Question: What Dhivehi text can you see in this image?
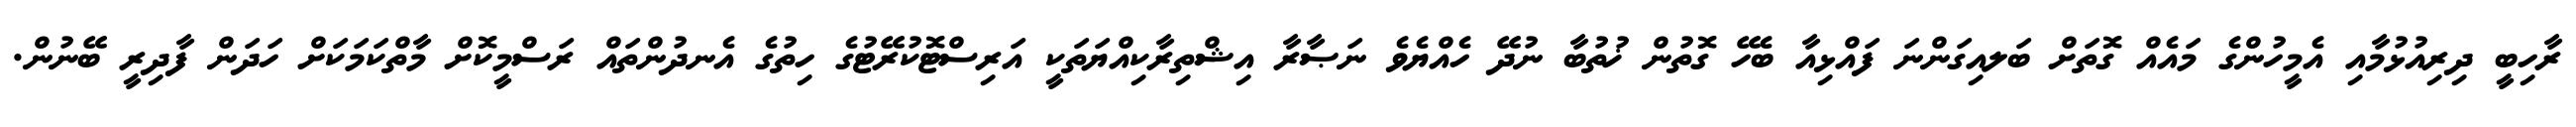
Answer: ރާހިބީ ދިރިއުޅުމާއި އެމީހުންގެ މައެއް ގޮތަށް ބަލއިގަންނަ ފައްޅިއާ ބެހޭ ގޮތުން ޚުތުބާ ނުދޭ ހެއްޔެވެ ނަޞާރާ އިޝްތިރާކިއްޔަތަކީ އަރިސްޓޮކުރޭޓުގެ ހިތުގެ އެނދުންތައް ރަސްމީކޮށް މާތްކަމަކަށް ހަދަން ފާދިރީ ބޭނުން.